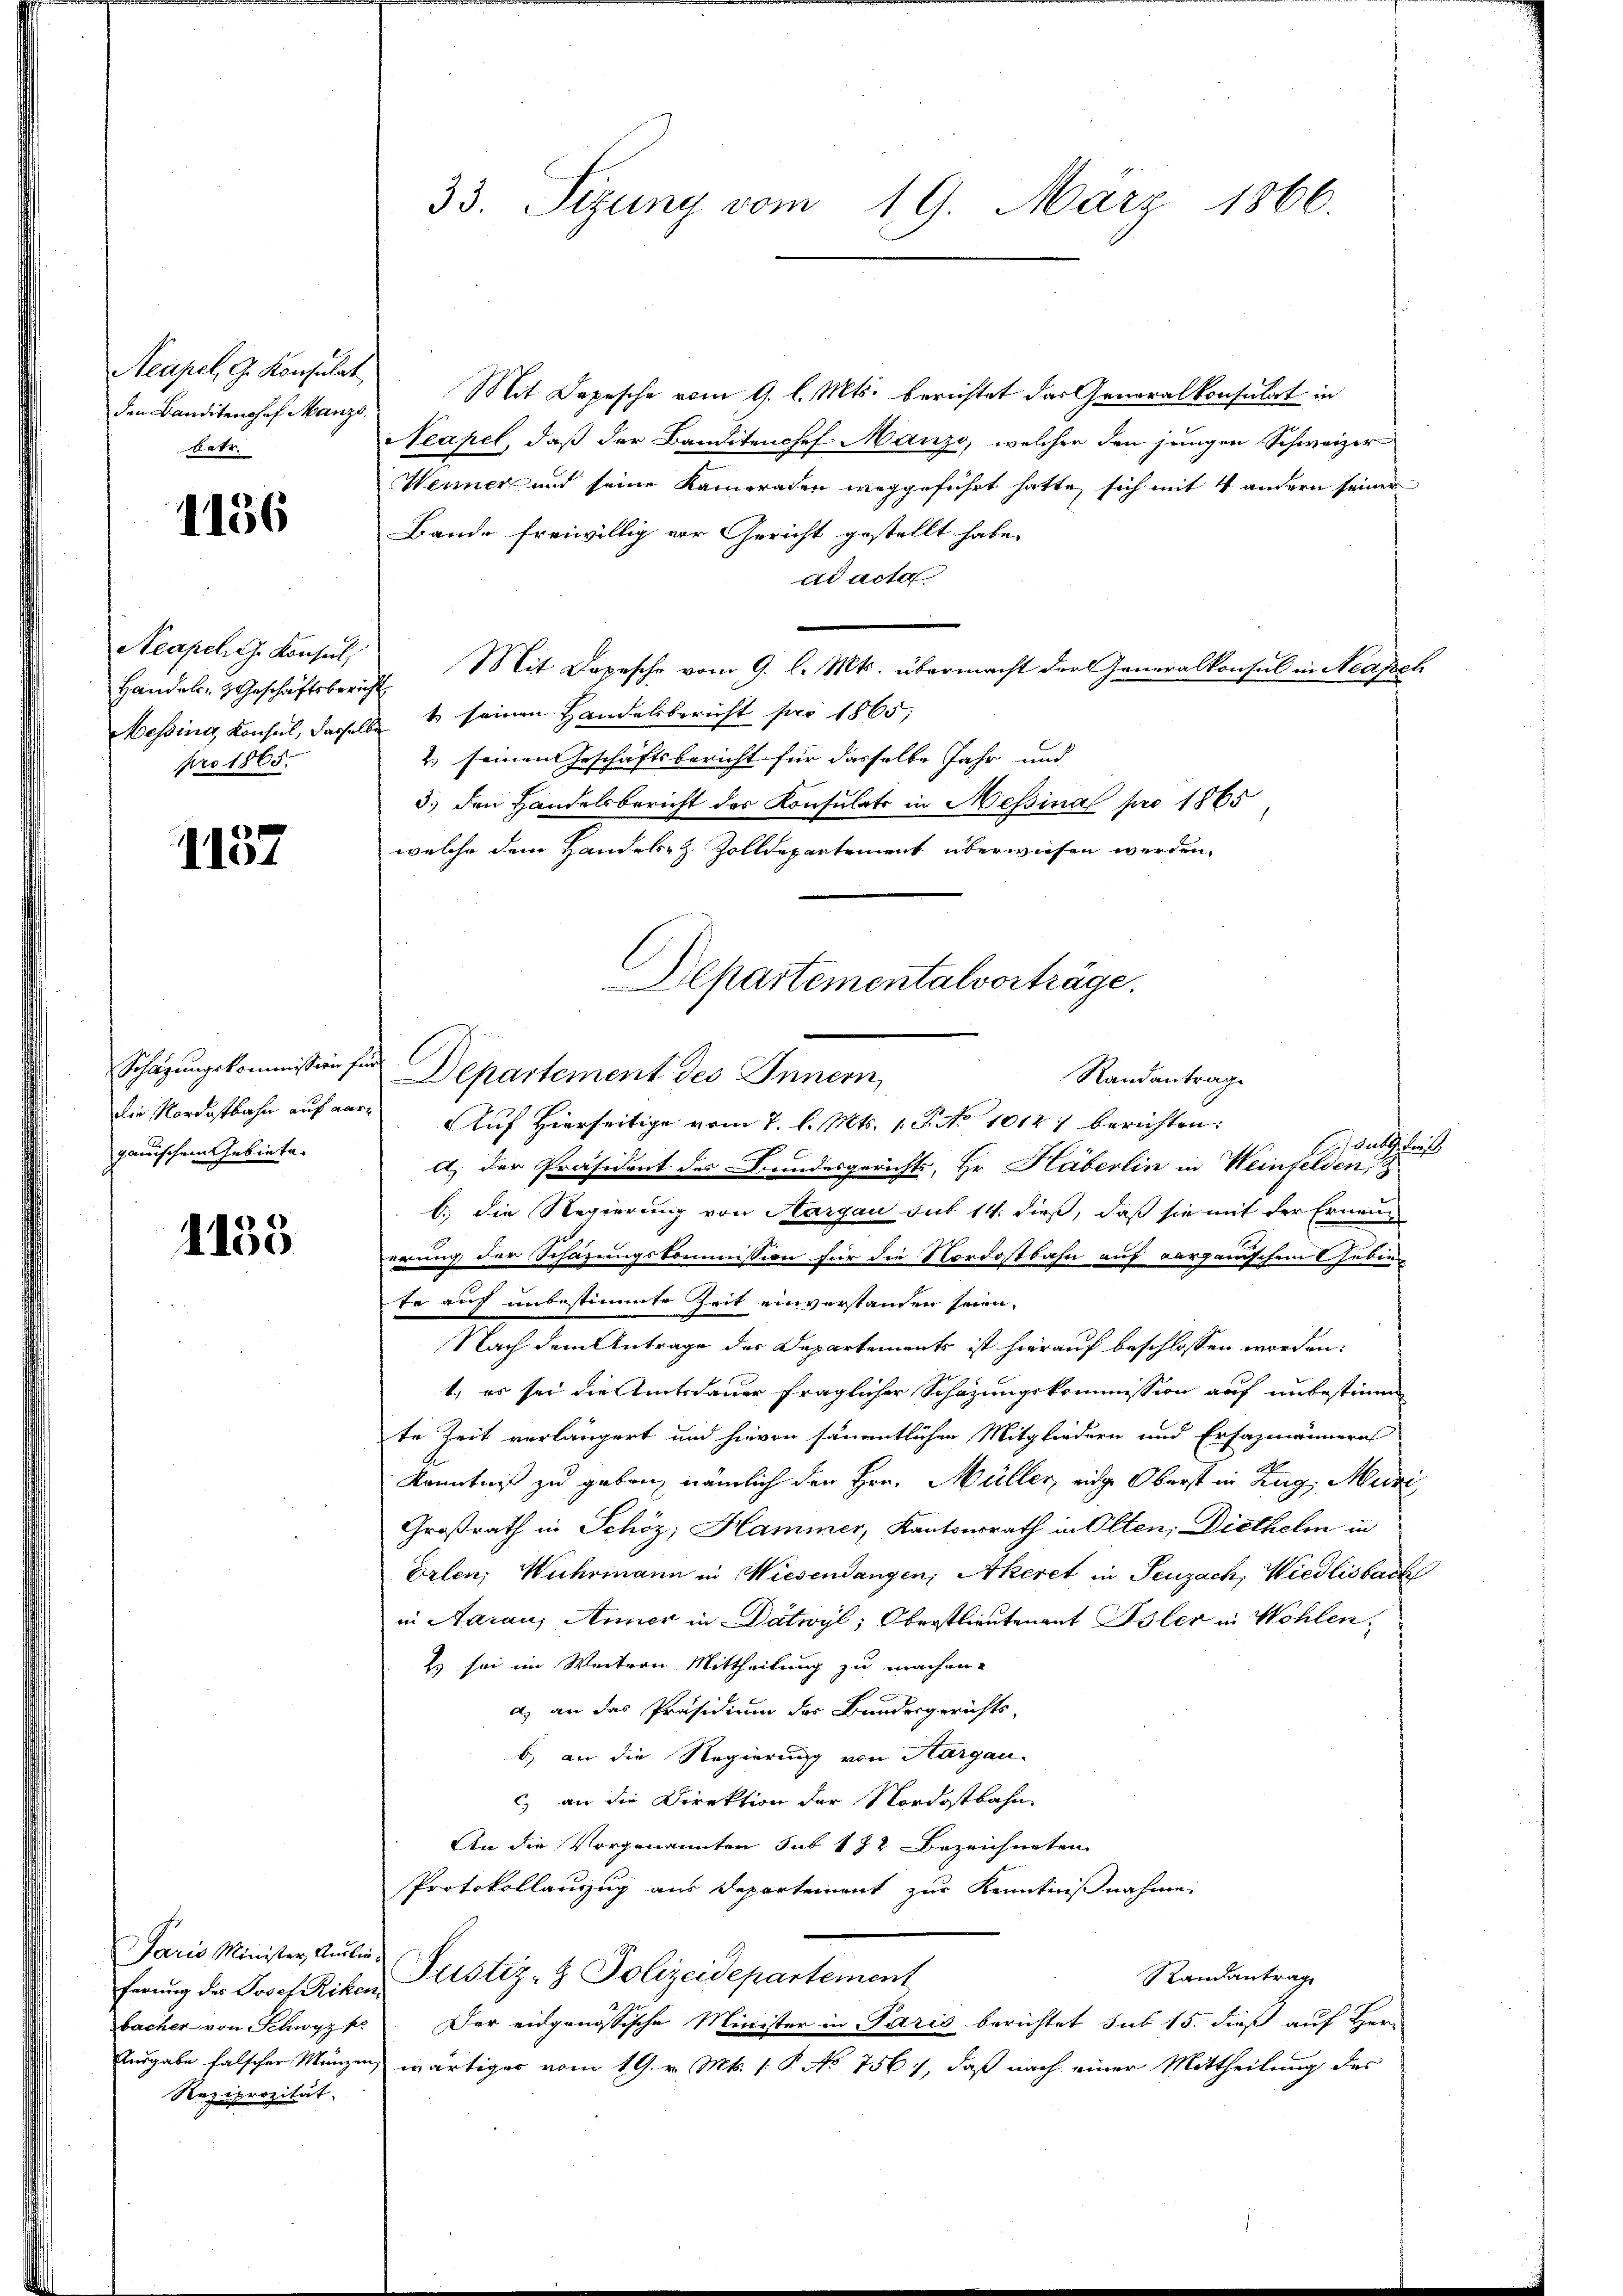
Reapel, G. Konsulat
den Banditenshof Manze
batr.

1156

Neapel, G. Konsul
Handels- Geschäftsber
Messing Konsul, dasselpro 1865.

1157

Schazungskommission für
Die Nordostbahn auf aar
gauischen Gebiete.

1135

Paris Minister Ausliebacher von Schwyz s
Reziprozität.

33. Sizung vom 19. März 1866.

Mit Depesche vom 9. l. Mts. berichtet das Generalkonsulat in
Neapel, daß der Banditanosef Manzo, welcher den jungen Schweizer
Wenner und seine Kameraden weggeführt hatte, sich mit 4 andern seiner
Bande freiwillig vor Gericht gestellt habe.
ad acta
4. Mit Depesche vom 9. l. Mts. übermacht der Generalkonsul in Neapel
1 seinen Handelsbericht pro 1865,
2) seinen Geschäftsbericht für dasselbe Jahr und
3.) Den Handelsbericht der Konsulats in Messina pro 1865
welche dem Handere Zolldepartement überwiesen werden,
Auf Hierseitige vom 7. l. Mts. 1. P. No 10121 berichten:
daselnuß
a) der Präsident des Bundesgerichts, Hr. Häberlin in Weinfelden,
b.) die Regierung von Aargau sub 14. dieß, daß sie mit der Erneuerung der Schazungskommission für die Nordostbahn auf aarganischen Gebiete auf unbestimmte Zeit einverstanden seien.
Nach dem Antrage des Departements ist hierauf beschlossen worden:
t, er sei die Amtsdauer fraglicher Schazungskommission auf unbestimm
te Zeit verlängert und hievon sämentlichen Mitgliedern und Ersazmännern
Kenntniß zu geben, nämlich den Hrn. Müller, eige Oberst in Zug, Muri
Großrath in Schöz; Hammer, Kantonsrath in Olten; Diethelm in
Erlen, Wuhrmann in Wiesendangen; Akeret in Seuzach, Wiedlisbach
in Aarau, Anner in Datwyl, Oberstlieutenant Isler in Wohlen.
Es sei im Weitern Mittheilung zu machen.
a) an das Präsidium des Bundesgerichts-
b) an die Regierung von Aargau-
c) an die Direktion der Nordostbahn
An die Vorgenannten sub 132 bezeichneten
Protokollauszug aus Departement zur Kenntnißnahme
Randantrag
ferung des Josef Riken Justiz- & Polizeidepartement
Der eidgenössische Minister in Paris berichtet sub 15. dieß auf Herr
Endgabe falscher Münzen wärtiges vom 19. v. Mts. 1. P. No 756), daß nach einer Mittheilung des

Departementalvorträge.
Departement des Innern,
Randantrag.